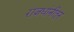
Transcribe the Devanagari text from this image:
राजधांनीतून